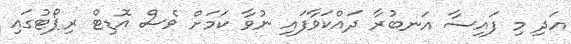
އަދި މި ފައިސާ އަނބުރާ ދައްކަވާފައި ނުވާ ކަމަށް ވެސް އޮޑިޓް ރިޕޯޓުގައި